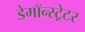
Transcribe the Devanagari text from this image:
डेमॉन्स्ट्रेटर